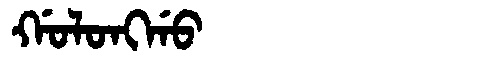
Manchu: ᡤᠣᠯᠣᠩᡤᠣ
Romanization: GOLONGGO